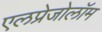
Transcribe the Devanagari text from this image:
एलप्रेजोलॉम